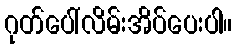
ဂုတ်ပေါ်လိမ်းအိပ်ပေးပါ။